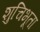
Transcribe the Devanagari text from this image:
शुचिभूता